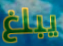
يبلغ